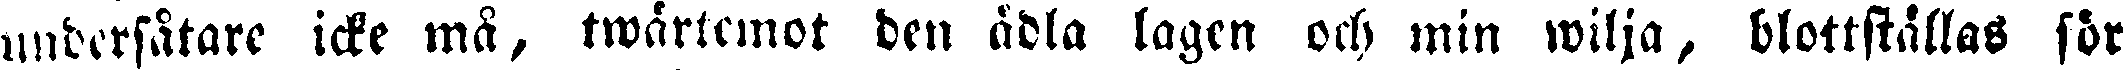
underfåtare icke må, twärtemot den ädla lagen och min wilja, blottställas för